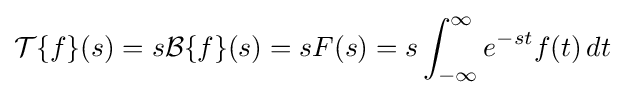
{\mathcal {T}}\{f\}(s)=s{\mathcal {B}}\{f\}(s)=sF(s)=s\int _{-\infty }^{\infty }e^{-st}f(t)\,dt